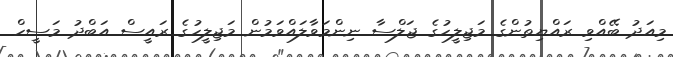
މިއަދު ބޭއްވި ރައްޔިތުންގެ މަޖިލީހުގެ ޖަލްސާ ނިންމަވާލައްވަމުން މަޖިލީހުގެ ރައީސް އަބްދު މަސީހް